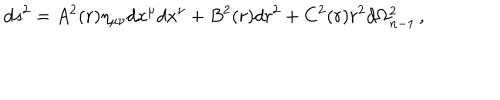
d s ^ { 2 } = A ^ { 2 } ( r ) \eta _ { \mu \nu } d x ^ { \mu } d x ^ { \nu } + B ^ { 2 } ( r ) d r ^ { 2 } + C ^ { 2 } ( r ) r ^ { 2 } d \Omega _ { n - 1 } ^ { 2 } \, ,